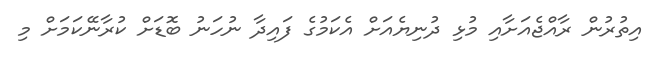
އިތުރުން ރާއްޖެއަށާއި މުޅި ދުނިޔެއަށް އެކަމުގެ ފައިދާ ނުހަނު ބޮޑަށް ކުރާނޭކަމަށް މި